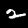
Label: 2